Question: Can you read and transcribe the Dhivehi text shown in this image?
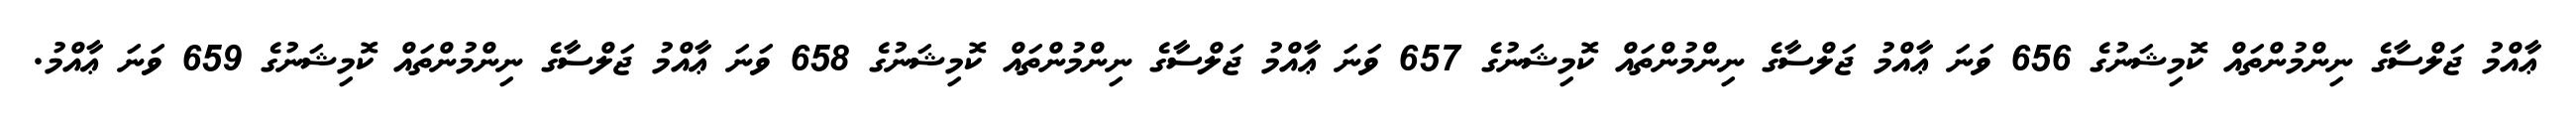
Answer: ޢާއްމު ޖަލްސާގެ ނިންމުންތައް ކޮމިޝަނުގެ 656 ވަނަ ޢާއްމު ޖަލްސާގެ ނިންމުންތައް ކޮމިޝަނުގެ 657 ވަނަ ޢާއްމު ޖަލްސާގެ ނިންމުންތައް ކޮމިޝަނުގެ 658 ވަނަ ޢާއްމު ޖަލްސާގެ ނިންމުންތައް ކޮމިޝަނުގެ 659 ވަނަ ޢާއްމު.